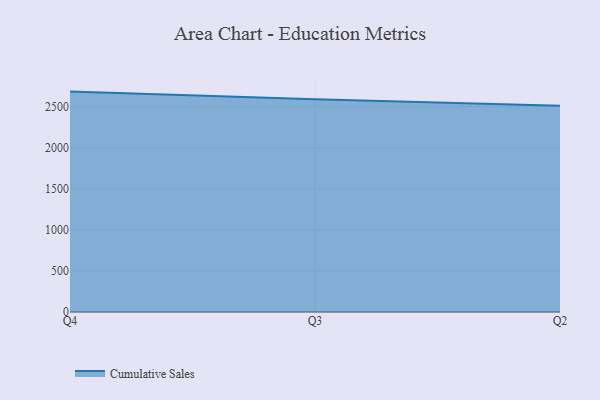
{"axis": {"x": "Quarter", "y": "Bounce Rate (%)"}, "legend": ["Cumulative Sales"], "data": [{"x": "Q4", "y": 2682.8, "type": "Cumulative Sales"}, {"x": "Q3", "y": 2590.6, "type": "Cumulative Sales"}, {"x": "Q2", "y": 2509.7, "type": "Cumulative Sales"}]}